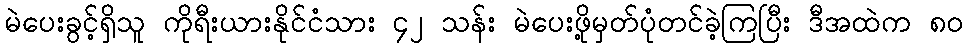
မဲပေးခွင့်ရှိသူ ကိုရီးယားနိုင်ငံသား ၄၂ သန်း မဲပေးဖို့မှတ်ပုံတင်ခဲ့ကြပြီး ဒီအထဲက ၈၀